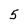
Character: 5